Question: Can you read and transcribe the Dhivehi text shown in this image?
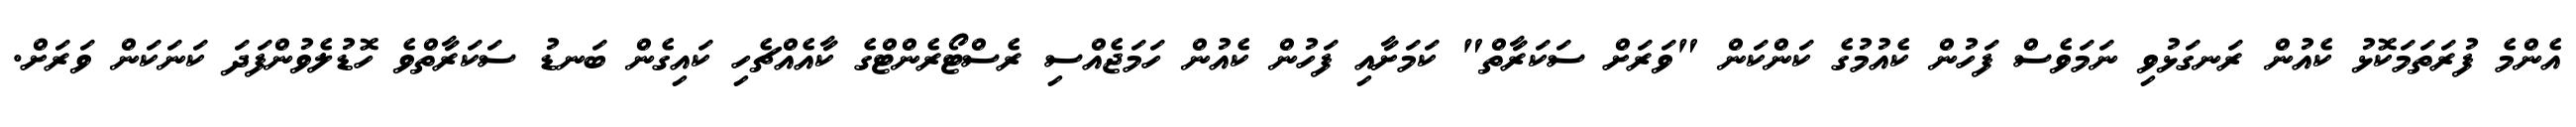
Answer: އެންމެ ފުރަތަމަކޮޅު ކެއުން ރަނގަޅުވި ނަމަވެސް ފަހުން ކެއުމުގެ ކަންކަން "ވަރަށް ސަކަރާތް" ކަމަށާއި ފަހުން ކެއުން ހަމަޖެއްސި ރެސްޓޯރެންޓްގެ ކާއެއްޗެހި ކައިގެން ބަނޑު ސަކަރާތްވެ ހޮޑުލެވުންފަދަ ކަނަކަން ވަރަށް.